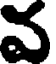
వ